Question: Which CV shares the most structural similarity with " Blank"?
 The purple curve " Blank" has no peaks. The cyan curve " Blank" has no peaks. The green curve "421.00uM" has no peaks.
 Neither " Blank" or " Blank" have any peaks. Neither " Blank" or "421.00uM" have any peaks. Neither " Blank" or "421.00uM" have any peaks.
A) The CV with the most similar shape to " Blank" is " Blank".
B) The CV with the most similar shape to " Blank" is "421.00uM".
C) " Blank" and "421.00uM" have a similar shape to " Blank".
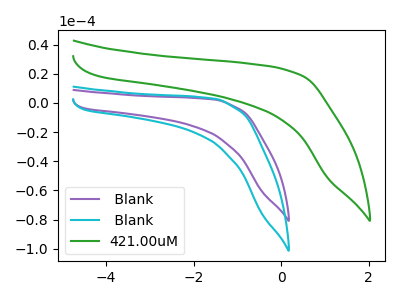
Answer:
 <answer>C) " Blank" and "421.00uM" have a similar shape to " Blank".</answer>
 <eval>C</eval>